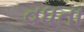
વધતા